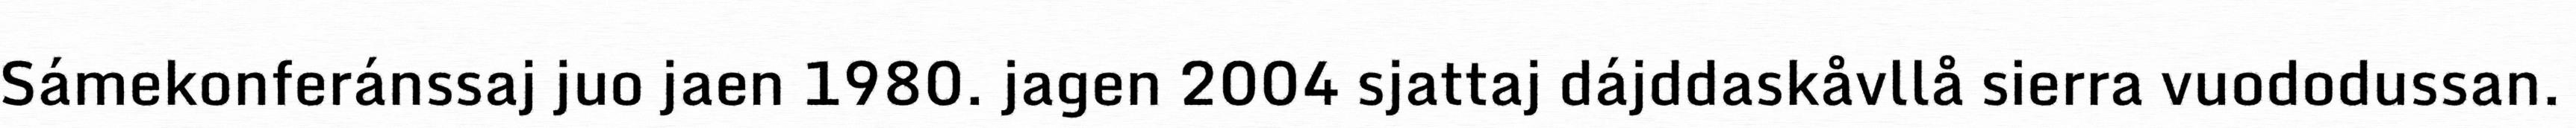
Sámekonferánssaj juo jaen 1980. jagen 2004 sjattaj dájddaskåvllå sierra vuododussan.